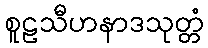
စူဠသီဟနာဒသုတ္တံ